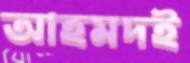
আহমদই